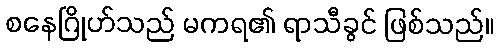
စနေဂြိုဟ်သည် မကရ၏ ရာသီခွင် ဖြစ်သည်။